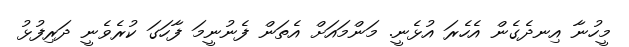
މީހުނާ އިނދެގެން އެހެރަ އުޅެނީ. މަންމައަށް އެތަން ފެނުނީމަ ފާހަގަ ކުރެވެނީ ދަރިފުޅު